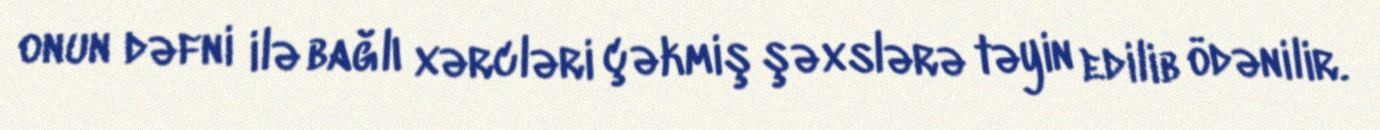
onun dəfni ilə bağlı xərcləri çəkmiş şəxslərə təyin edilib ödənilir.